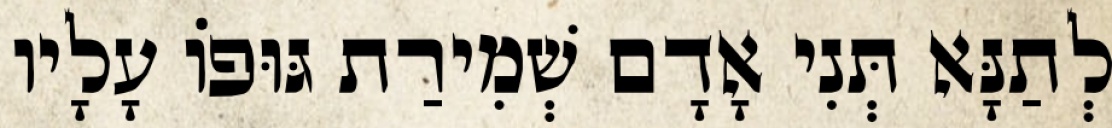
לְתַנָּא תְּנִי אָדָם שְׁמִירַת גּוּפוֹ עָלָיו